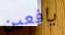
يافعين